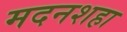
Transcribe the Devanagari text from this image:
मदनशहा